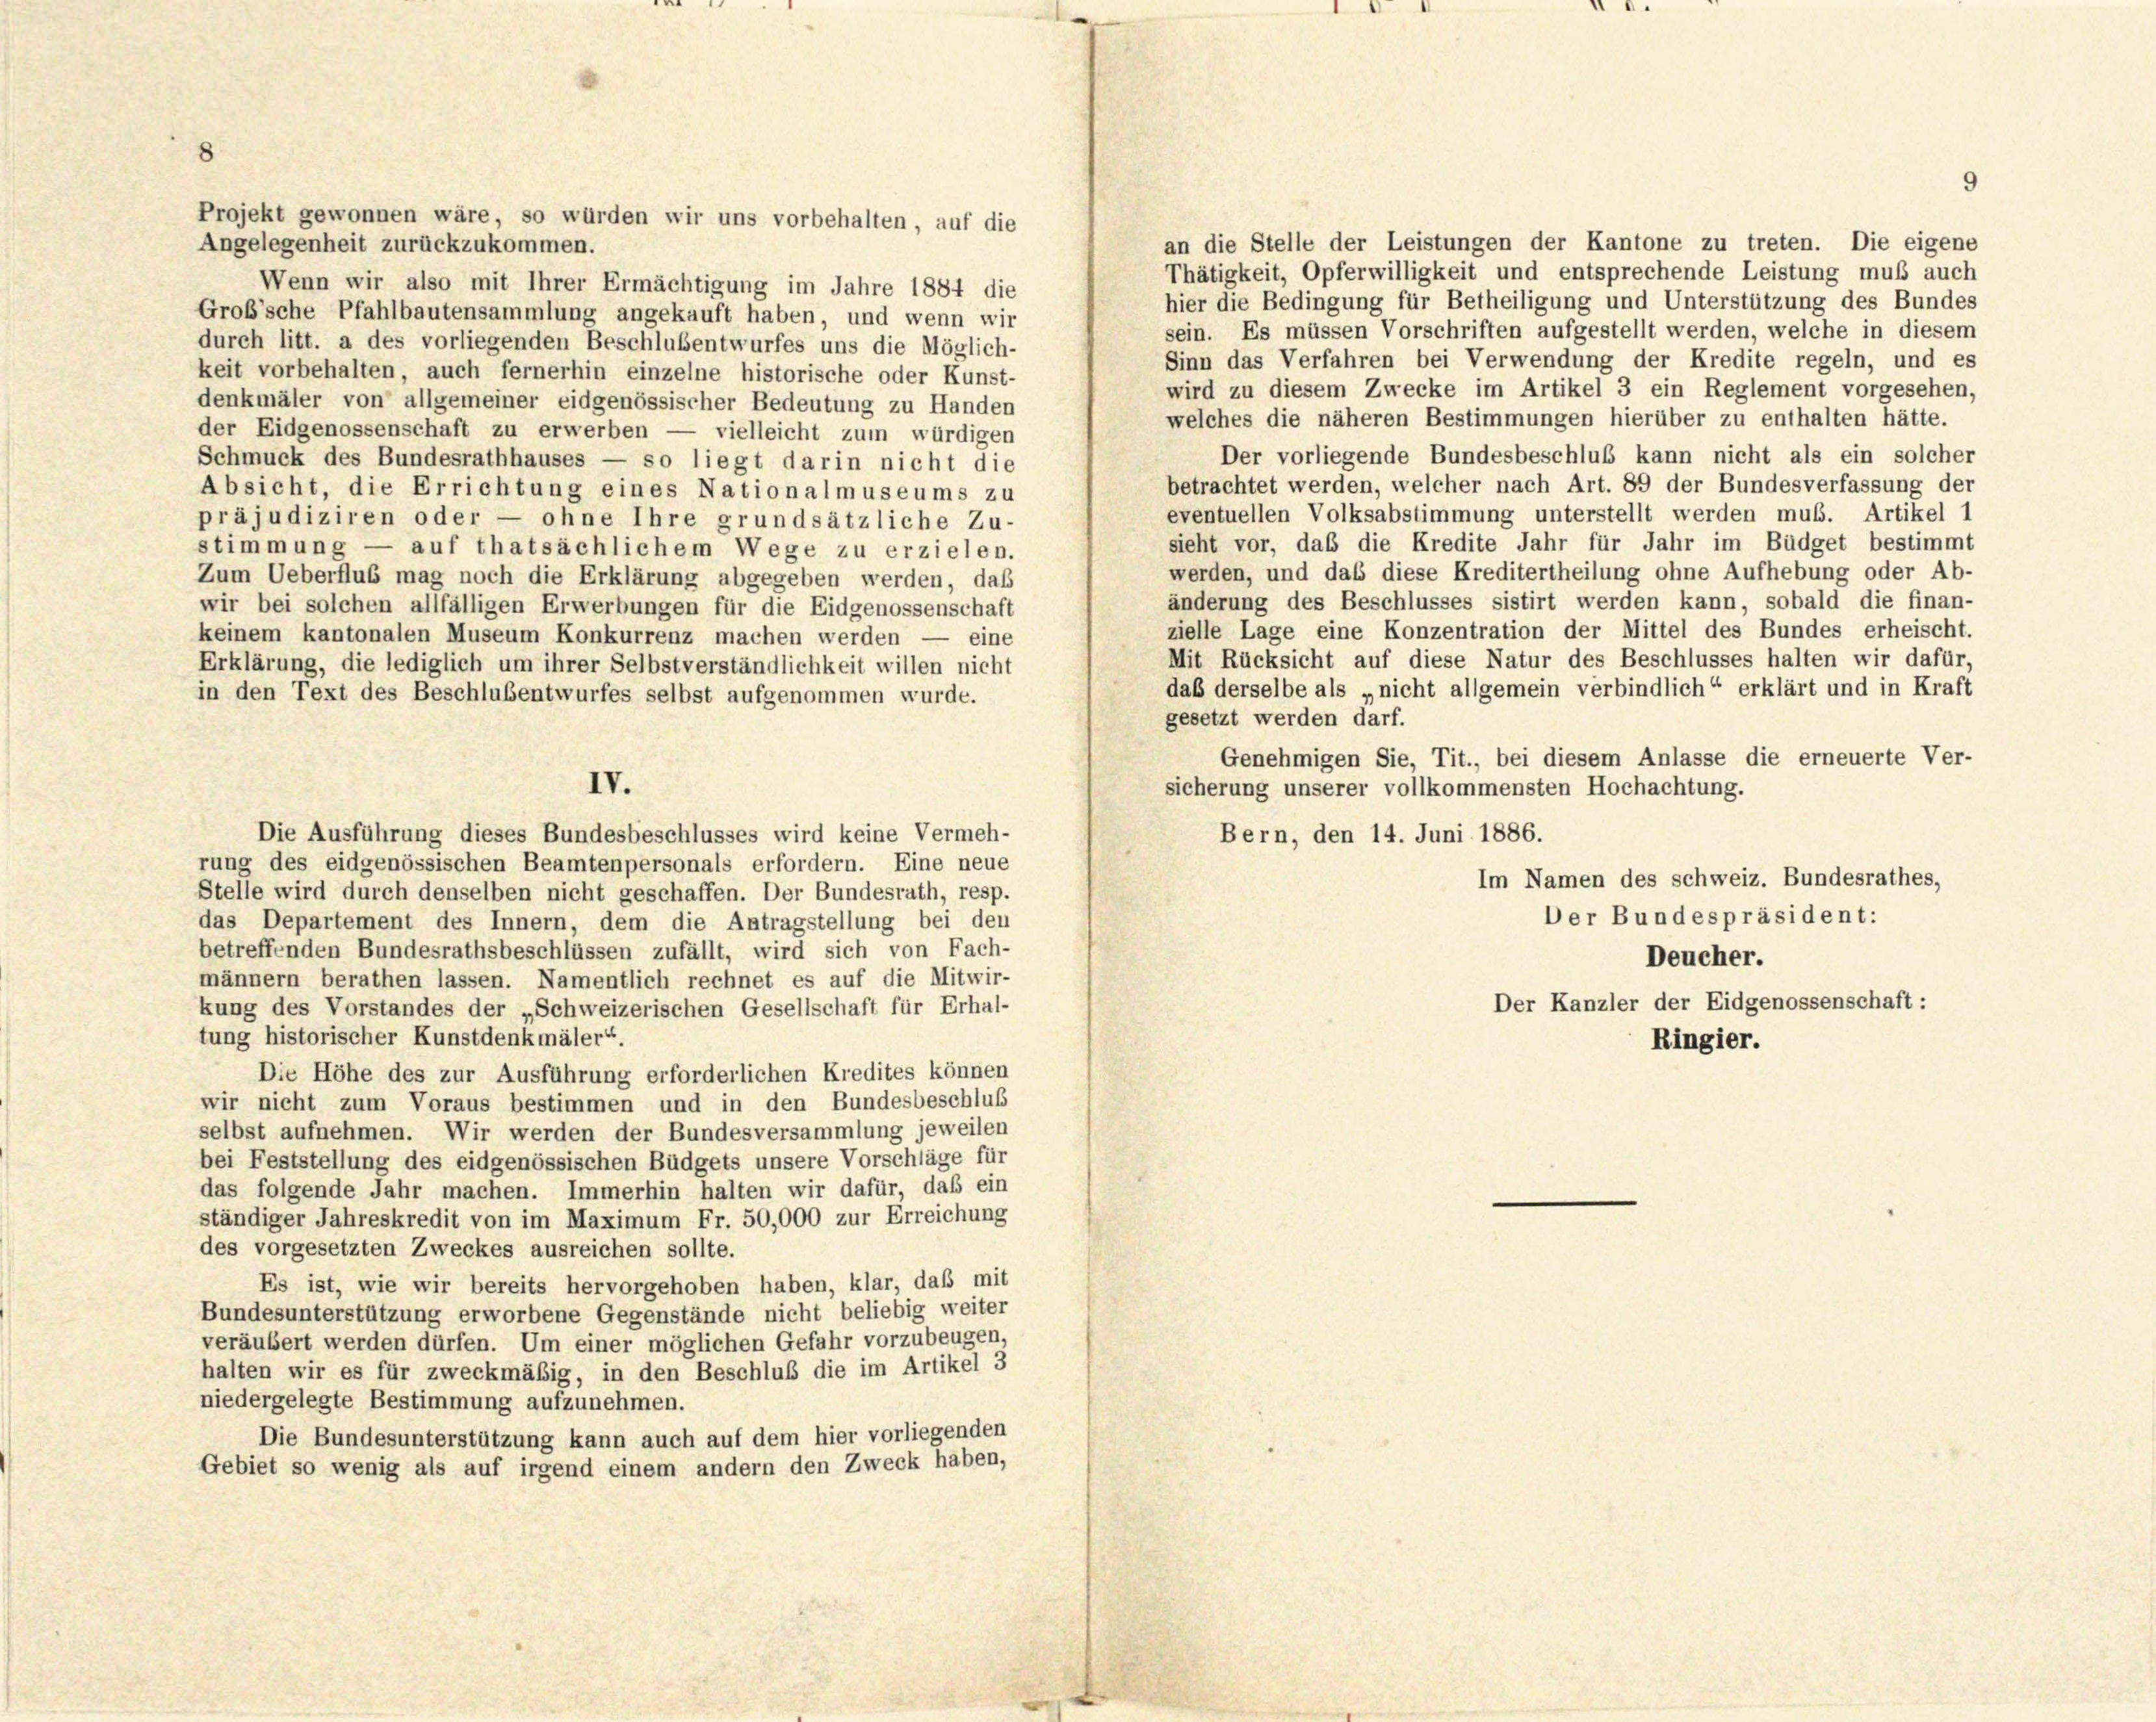
8

IV.

Projekt gewonnen wäre, so würden wir uns vorbehalten, auf die
Angelegenheit zurückzukommen.
Wenn wir also mit Ihrer Ermächtigung im Jahre 1884 die
Grob’sche Pfahlbautensammlung angekauft haben, und wenn wir
durch litt. a des vorliegenden Beschlusentwurfes uns die Möglich-
keit vorbehalten auch fernerhin einzelne historische oder Kunst-
wird zu diesem Zwecke im Artikel 3 ein Reglement vorgesehen,
denkmäler von allgemeiner eidgenössischer Bedeutung zu Hander
welches die näheren Bestimmungen hierüber zu enthalten hätte.
der Eidgenossenschaft zu erwerben — vielleicht zum würdigen
Der vorliegende Bundesbeschluß kann nicht als ein solcher
Schmuck des Bundesrathhauses — so liegt darin nicht die
betrachtet werden, welcher nach Art. 89 der Bundesverfassung der
Absicht, die Errichtung eines Nationalmuseums zu
eventuellen Volksabstimmung unterstellt werden muß. Artikel 1
präjudiziren oder — ohne Ihre grundsätzliche Zu-
sieht vor, das die Kredite Jahr für Jahr im Büdget bestimmt
stimmung — auf thatsächlichem Wege zu erzielen.
werden, und das diese Kreditertheilung ohne Aufhebung oder Ab-
Zum Ueberfluss mag noch die Erklärung abgegeben werden, daß
änderung des Beschlusses sistirt werden kann, sobald die finan-
wir bei solchen allfälligen Erwerbungen für die Eidgenossenschaft
zielle Lage eine Konzentration der Mittel des Bundes erheischt.
keinem kantonalen Museum Konkurrenz machen werden — eine
Mit Rücksicht auf diese Natur des Beschlusses halten wir dafür,
Erklärung, die lediglich um ihrer Selbstverständlichkeit willen nicht
daß derselbe als „nicht allgemein verbindlich“ erklärt und in Kraft
in den Text des Beschlusentwurfes selbst aufgenommen wurde.
gesetzt werden darf.
Genehmigen Sie, Tit., bei diesem Anlasse die erneuerte Ver-
sicherung unserer vollkommensten Hochachtung.
Die Ausführung dieses Bundesbeschlusses wird keine Vermeh-
Bern, den 14. Juni 1886.
rung des eidgenössischen Beamtenpersonals erfordern. Eine neue
Im Namen des schweiz. Bundesrathes,
Stelle wird durch denselben nicht geschaffen. Der Bundesrath, resp.
Der Bundespräsident:
das Departement des Innern, dem die Antragstellung bei den
betreffenden Bundesrathsbeschlüssen zufällt, wird sich von Fach-
Deucher.
männern berathen lassen. Namentlich rechnet es auf die Mitwir-
Der Kanzler der Eidgenossenschaft:
kung des Vorstandes der „Schweizerischen Gesellschaft für Erhal-
tung historischer Kunstdenkmäler“.
Ringier.
Die Höhe des zur Ausführung erforderlichen Kredites können
wir nicht zum Voraus bestimmen und in den Bundesbeschluß
selbst aufnehmen. Wir werden der Bundesversammlung jeweilen
bei Feststellung des eidgenössischen Büdgets unsere Vorschläge für
das folgende Jahr machen. Immerhin halten wir dafür, daß ein
—
ständiger Jahreskredit von im Maximum Fr. 50,000 zur Erreichung
des vorgesetzten Zweckes ausreichen sollte.
Es ist, wie wir bereits hervorgehoben haben, klar, daß mit
Bundesunterstützung erworbene Gegenstände nicht beliebig weiter
veräubert werden dürfen. Um einer möglichen Gefahr vorzubeugen,
halten wir es für zweckmäßig, in den Beschluß die im Artikel 3
niedergelegte Bestimmung aufzunehmen.
Die Bundesunterstützung kann auch auf dem hier vorliegenden
Gebiet so wenig als auf irgend einem andern den Zweck haben,

an die Stelle der Leistungen der Kantone zu treten. Die eigene
Thätigkeit, Opferwilligkeit und entsprechende Leistung muß auch
hier die Bedingung für Betheiligung und Unterstützung des Bundes
sein. Es müssen Vorschriften aufgestellt werden, welche in diesem
Sinn das Verfahren bei Verwendung der Kredite regeln, und es

9